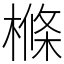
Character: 樤